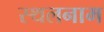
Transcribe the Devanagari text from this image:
स्थलनाम